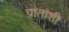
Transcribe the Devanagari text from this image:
प्रांतांशी